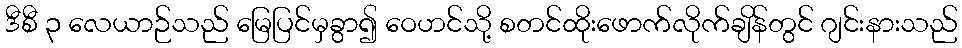
ဒီစီ ၃ လေယာဉ်သည် မြေပြင်မှခွာ၍ ဝေဟင်သို့ စတင်ထိုးဖောက်လိုက်ချိန်တွင် ဂျင်းနားသည်